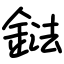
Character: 鍅